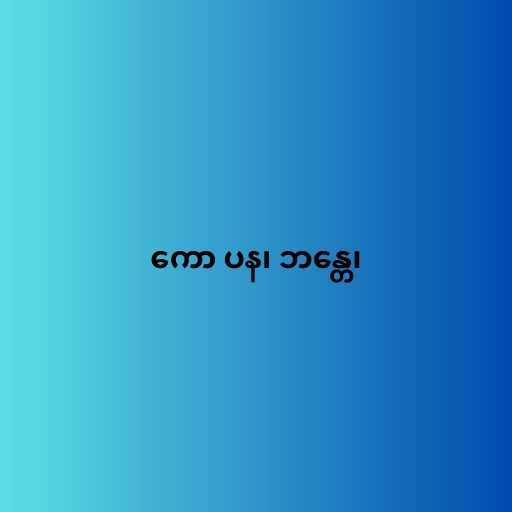
ကော ပန၊ ဘန္တေ၊